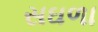
સઘળા